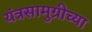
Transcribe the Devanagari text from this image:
यंत्रसामुग्रीच्या